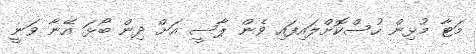
މަޓާ މުޅިން ހުސްކޮށްލައިފައި ވެން ޕާސީ އަށް ދިން ބޯޅަ އޭނާ ވަނީ